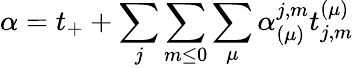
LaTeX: \alpha=t_{+}+\sum_{j}\sum_{m\leq 0}\sum_{\mu}\alpha_{(\mu)}^{j,m}t_{j,m}^{(\mu)}